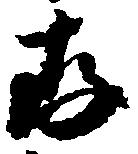
存